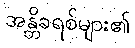
အန္တိခရစ်များ၏